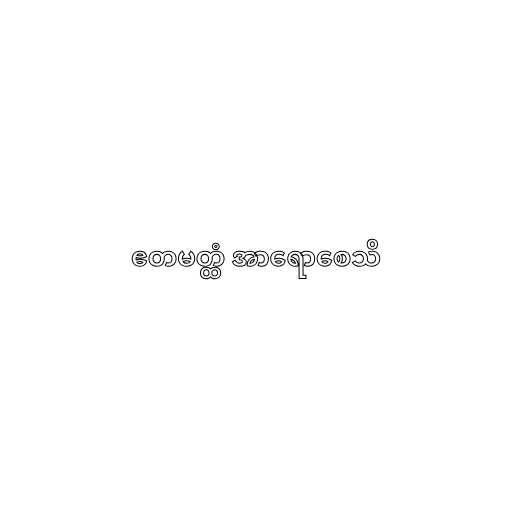
ဧတမတ္ထံ အာရောစေသိ